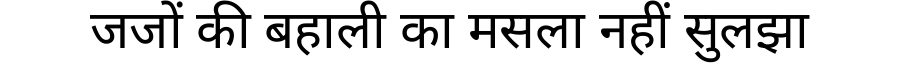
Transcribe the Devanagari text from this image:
जजों की बहाली का मसला नहीं सुलझा